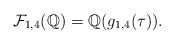
\begin{align*}\mathcal{F}_{1,4}(\mathbb{Q})=\mathbb{Q}(g_{1,4}(\tau)).\end{align*}